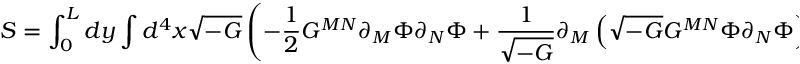
S = \int _ { 0 } ^ { L } d y \int d ^ { 4 } x \sqrt { - G } \left( - \frac { 1 } { 2 } G ^ { M N } \partial _ { M } \Phi \partial _ { N } \Phi + \frac { 1 } { \sqrt { - G } } \partial _ { M } \left( \sqrt { - G } G ^ { M N } \Phi \partial _ { N } \Phi \right) - \frac { 1 } { 2 } V ( \Phi ) \right) \ .